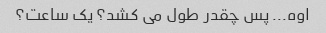
اوه... پس چقدر طول می کشد؟ یک ساعت؟